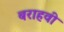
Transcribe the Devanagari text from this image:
बराहवी